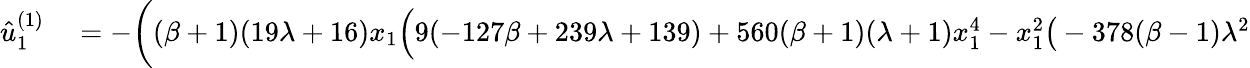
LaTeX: \begin{array}{rl}{\hat{u}_{1}^{(1)}}&{{}=-\bigg((\beta+1)(19\lambda+16)x_{1}\Big(9(-127\beta+239\lambda+139)+560(\beta+1)(\lambda+1)x_{1}^{4}-x_{1}^{2}\big(-378(\beta-1)\lambda^{2}}\end{array}